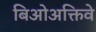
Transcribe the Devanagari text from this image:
बिओअक्तिवे